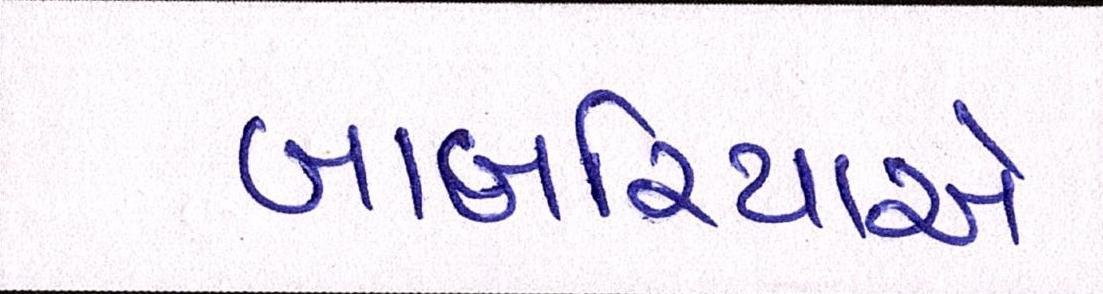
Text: બાબરિયાએ